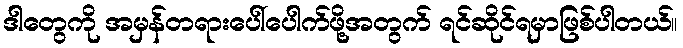
ဒါတွေကို အမှန်တရားပေါ်ပေါက်ဖို့အတွက် ရင်ဆိုင်ရမှာဖြစ်ပါတယ်။